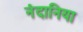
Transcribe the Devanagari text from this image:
नंदानिया